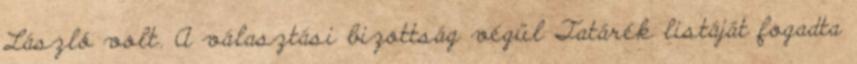
László volt. A választási bizottság végül Tatárék listáját fogadta